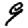
Digit: 9